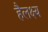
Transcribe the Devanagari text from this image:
हैलक्ष्य